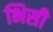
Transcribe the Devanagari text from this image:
भिसी